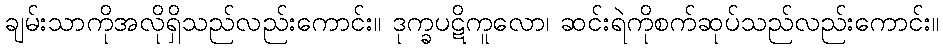
ချမ်းသာကိုအလိုရှိသည်လည်းကောင်း။ ဒုက္ခပဋိကူလော၊ ဆင်းရဲကိုစက်ဆုပ်သည်လည်းကောင်း။